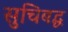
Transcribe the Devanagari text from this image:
सुचिबद्ध